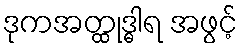
ဒုကအတ္ထုဒ္ဓါရ အဖွင့်